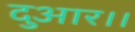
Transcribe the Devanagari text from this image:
दुआर।।